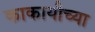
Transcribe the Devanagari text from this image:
काकायीच्या